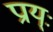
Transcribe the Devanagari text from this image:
प्राय्ः